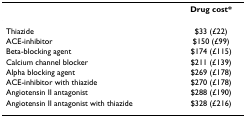
|  | Drug cost* |
 | --- | --- |
 | Thiazide | $33 (£22) |
 | ACE-inhibitor | $150 (£99) |
 | Beta-blocking agent | $174 (£115) |
 | Calcium channel blocker | $211 (£139) |
 | Alpha blocking agent | $269 (£178) |
 | ACE-inhibitor with thiazide | $270 (£178) |
 | Angiotensin II antagonist | $288 (£190) |
 | Angiotensin II antagonist with thiazide | $328 (£216) |